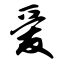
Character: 爱